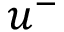
u ^ { - }